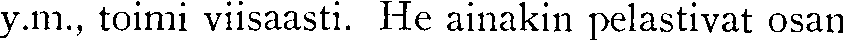
y.m., toimi viisaasti. He ainakin pelastivat osan